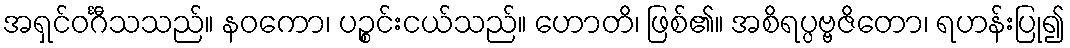
အရှင်ဝင်္ဂီသသည်။ နဝကော၊ ပဉ္စင်းငယ်သည်။ ဟောတိ၊ ဖြစ်၏။ အစိရပ္ပဗ္ဗဇိတော၊ ရဟန်းပြု၍